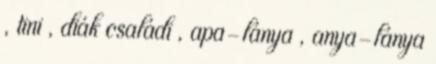
, tini , diák családi , apa-lánya , anya-lánya